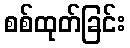
စစ်ထုတ်ခြင်း